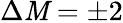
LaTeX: \Delta\mathit{M}=\pm2